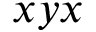
x y x